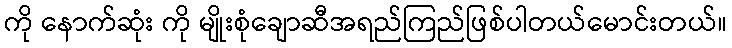
ကို နောက်ဆုံး ကို မျိုးစုံချောဆီအရည်ကြည်ဖြစ်ပါတယ်မောင်းတယ်။